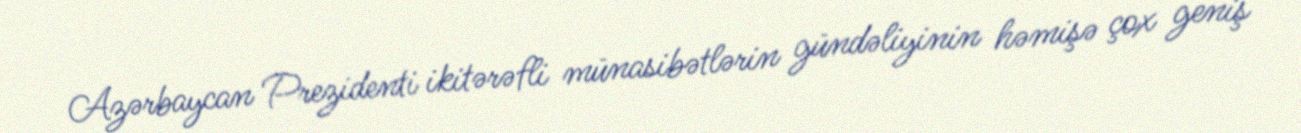
Azərbaycan Prezidenti ikitərəfli münasibətlərin gündəliyinin həmişə çox geniş